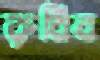
রুধিব